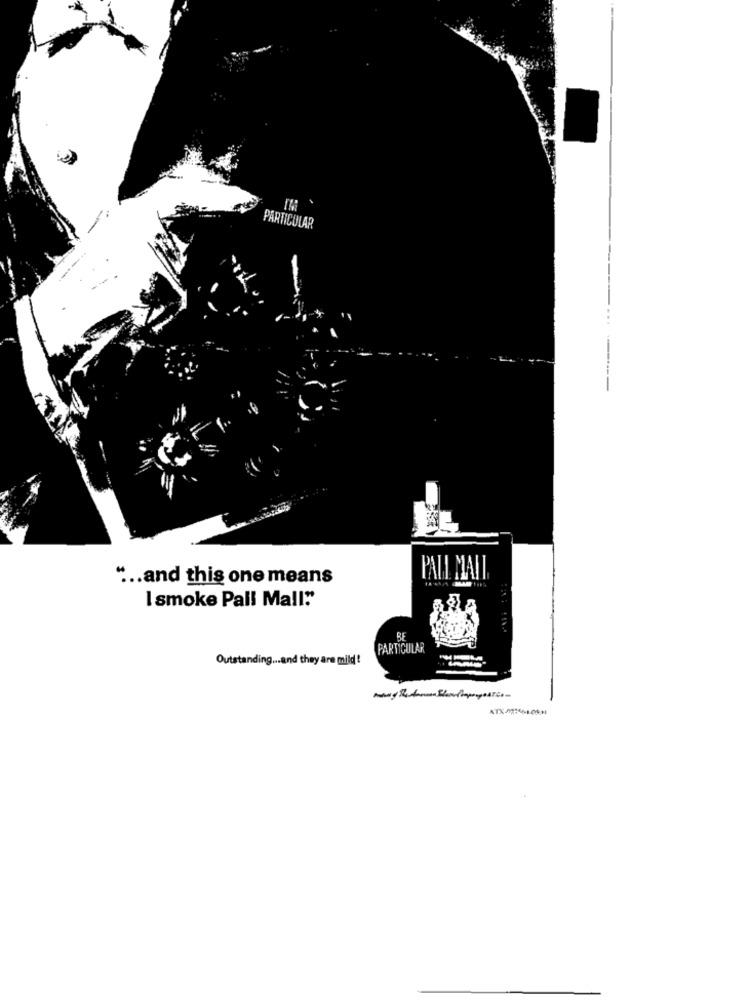
PARTICULAR
" ... and this one means
PALL MAIL
I smoke Pall Mall."
BF
PARTICULAR
Outstanding ... and they are mild !